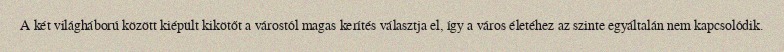
A két világháború között kiépült kikötőt a várostól magas kerítés választja el, így a város életéhez az szinte egyáltalán nem kapcsolódik.